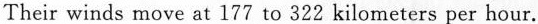
Their winds move at 177 to 322 kilometers per hour.